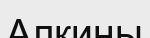
Алкины